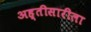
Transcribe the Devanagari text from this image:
अह्तीसारीला